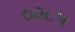
૦૨૮૫